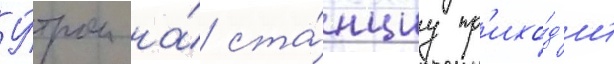
У́тром на́ ста́нциу пр'ихо́д'ит